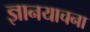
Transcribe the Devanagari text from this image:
ज्ञानयाचना